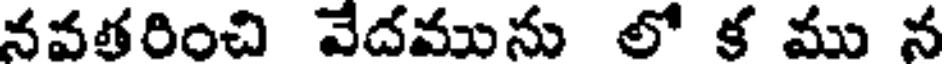
నవతరించి వేదమును లో క ము న